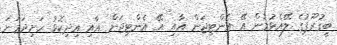
ބީގުރޫޕުގެ ލޭއެޅުމުން އޭ އެންޓިޖަން އާއި އޭ އެންޓިޖަން އާއި އިދިކޮޅު ހަށިދަމަނަ